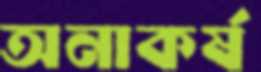
অনাকর্ষ